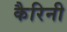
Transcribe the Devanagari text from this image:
कैरिनी